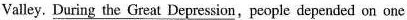
Valley. \underline{During the Great Depression},people depended on one